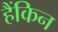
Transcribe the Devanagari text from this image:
हैंकिन